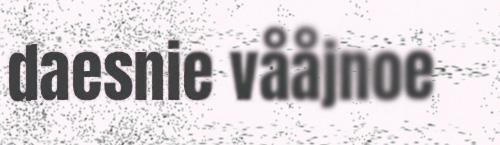
daesnie vååjnoe